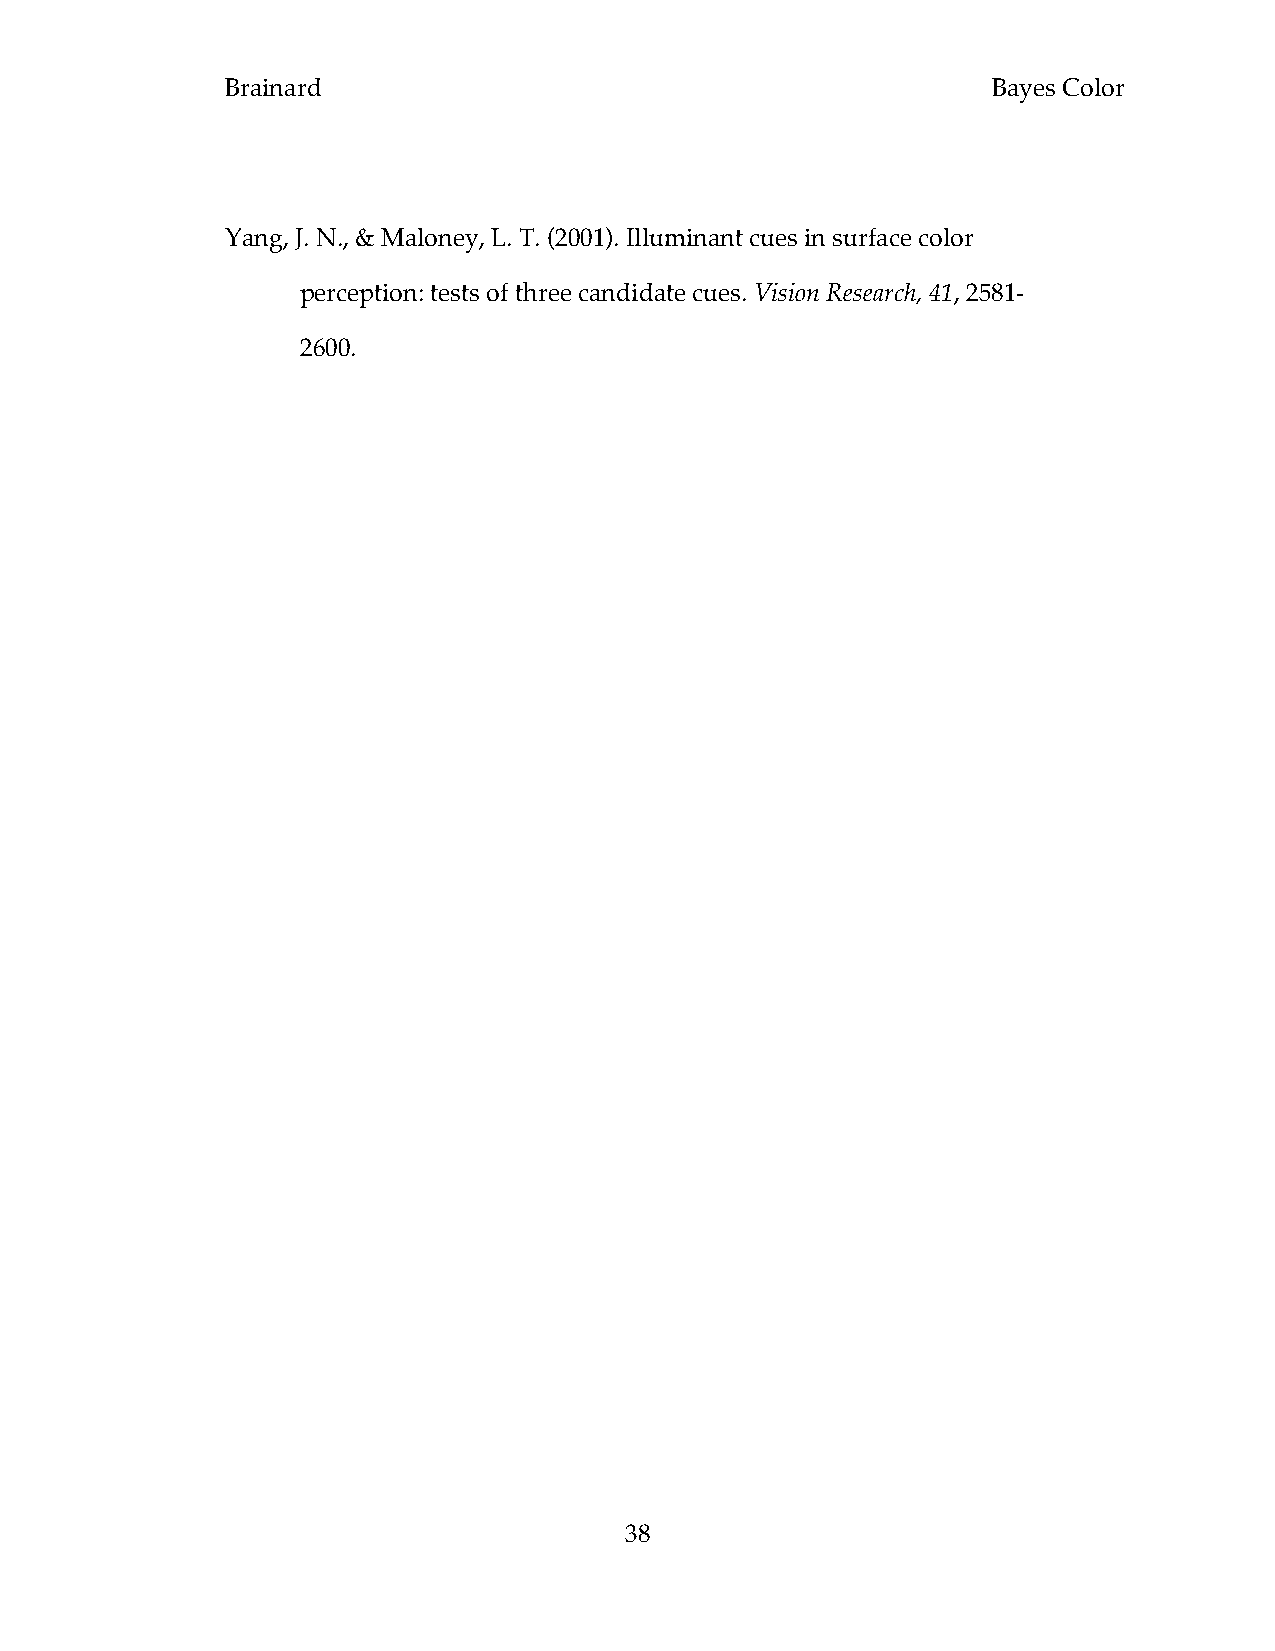
Brainard                                           Bayes Color
 Yang, J. N., & Maloney, L. T. (2001). Illuminant cues in surface color
 perception: tests of three candidate cues. Vision Research, 41, 2581-
 2600.
 38